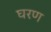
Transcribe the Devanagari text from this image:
घरण